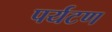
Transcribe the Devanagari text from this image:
पर्यटण